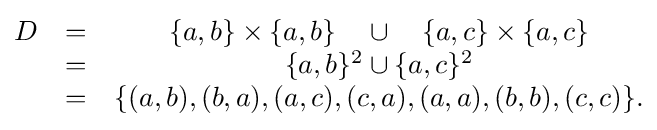
{\begin{matrix}D&=&\{a,b\}\times \{a,b\}\quad \cup \quad \{a,c\}\times \{a,c\}\\&=&\{a,b\}^{2}\cup \{a,c\}^{2}\\&=&\{(a,b),(b,a),(a,c),(c,a),(a,a),(b,b),(c,c)\}.\end{matrix}}